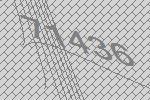
71436